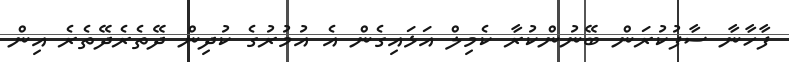
ފާހާނާ ސާފުކުރަން ބޭނުންކުރާ ކެމިލް އަޅައިގެން އެ އުމުރުގެ ކުދިން ދޭތެރެދޭތެރެ އިން